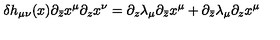
\delta h _ { \mu \nu } ( x ) \partial _ { \bar { z } } x ^ { \mu } \partial _ { z } x ^ { \nu } = \partial _ { z } \lambda _ { \mu } \partial _ { \bar { z } } x ^ { \mu } + \partial _ { \bar { z } } \lambda _ { \mu } \partial _ { z } x ^ { \mu }